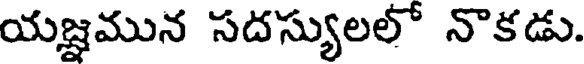
యజ్ఞమున సదస్యులలో నొకడు.